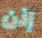
إذن